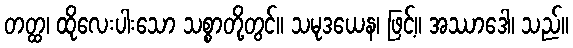
တတ္ထ၊ ထိုလေးပါးသော သစ္စာတို့တွင်။ သမုဒယေန၊ ဖြင့်။ အဿာဒေါ၊ သည်။